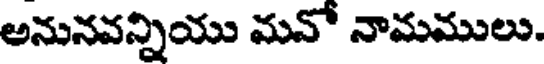
అనునవన్నియు మవో నామములు.